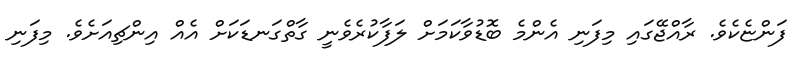
ފަންޏެކެވެ. ރާއްޖޭގައި މިފަނި އެންމެ ބޮޑުވާކަމަށް ލަފާކުރެވެނީ ގާތްގަނޑަކަށް އެއް އިންޗިއަށެވެ. މިފަނި